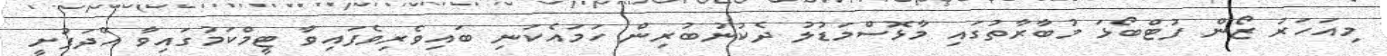
މިއަހަރު ޒޯން ފުޓްބޯޅަ މުބާރާތުގައި މާޅޮސްމަޑުލު ދެކުނުބުރިން ހަމައެކަނި ބައިވެރިވެފައިވާ ޓީމްކަމުގައިވާ އޭދަފުށީ